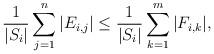
LaTeX: \begin{align*}\frac{1}{|S_i|} \sum_{j=1}^n |E_{i,j}| \leq \frac{1}{|S_i|} \sum_{k=1}^m |F_{i,k}| ,\end{align*}